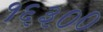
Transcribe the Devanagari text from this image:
१६३००